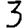
Digit: 3